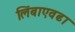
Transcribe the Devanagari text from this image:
लिंबाएवढा